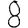
Digit: 8